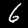
Digit: 6